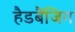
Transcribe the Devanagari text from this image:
हैडबैंजिग